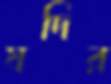
যদির